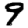
Digit: 9